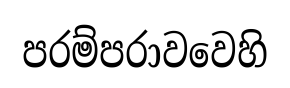
පරම්පරාවවෙහි